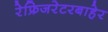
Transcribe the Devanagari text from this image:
रेफ्रिजरेटरबाहेर